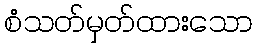
စံသတ်မှတ်ထားသော